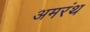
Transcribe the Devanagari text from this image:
अमरंथ